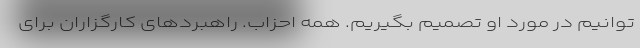
‌توانیم در مورد او تصمیم بگیریم. همه احزاب. راهبردهای کارگزاران برای